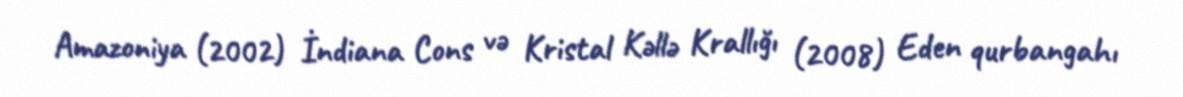
Amazoniya (2002) İndiana Cons və Kristal Kəllə Krallığı (2008) Eden qurbangahı